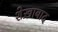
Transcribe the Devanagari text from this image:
शेख़ाबाद